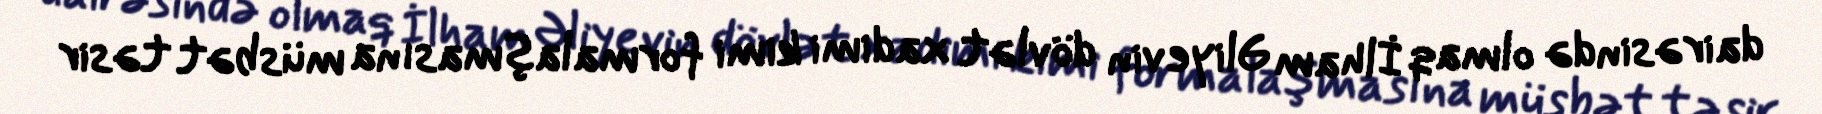
dairəsində olmaq İlham Əliyevin dövlət xadimi kimi formalaşmasına müsbət təsir